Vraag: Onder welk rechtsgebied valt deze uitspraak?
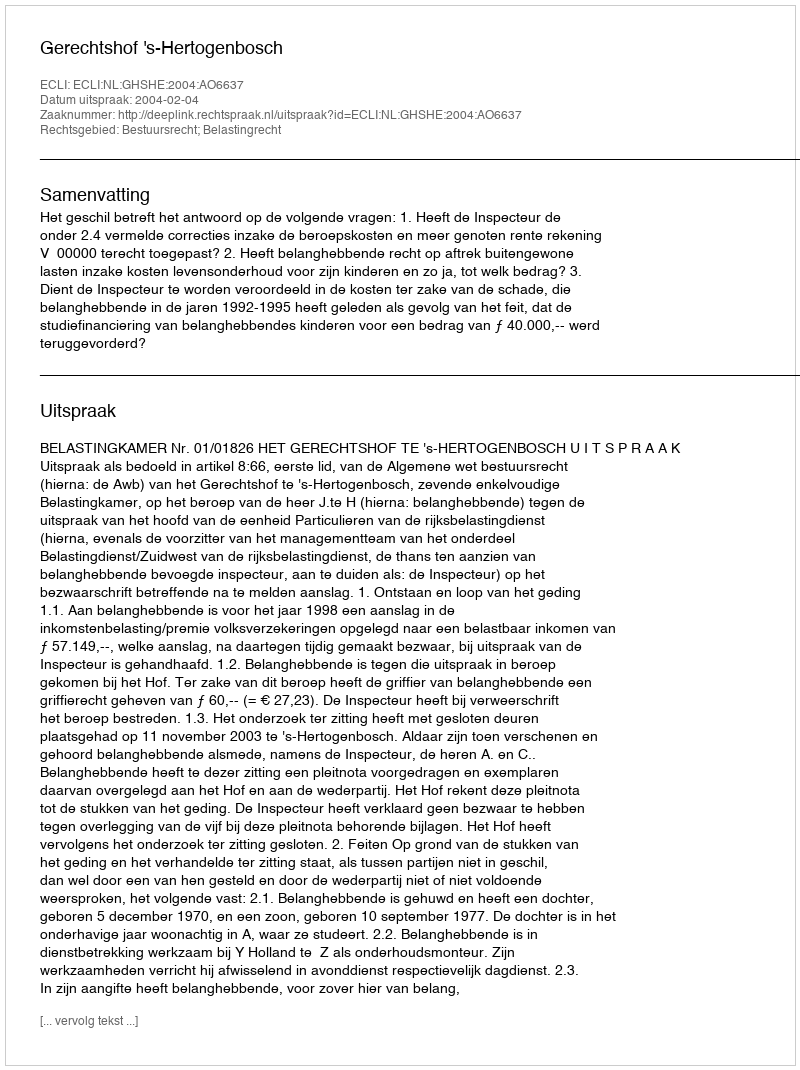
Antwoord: Bestuursrecht; Belastingrecht